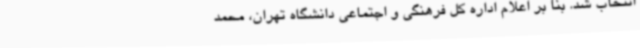
انتخاب شد. بنا بر اعلام اداره کل فرهنگی و اجتماعی دانشگاه تهران، محمد